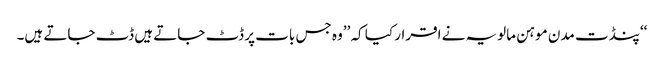
‘‘پنڈت مدن موہن مالویہ نے اقرار کیا کہ ’’وہ جس بات پر ڈٹ جاتے ہیں ڈٹ جاتے ہیں۔